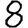
Digit: 8